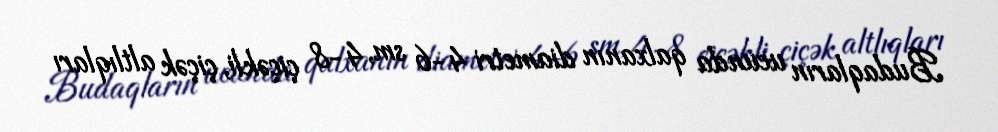
Budaqların ucunda qalxanın diametri 4-6 sm, 4-8 çiçəkli, çiçək altlıqları